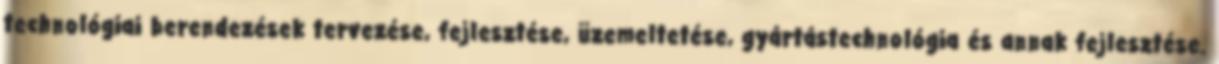
technológiai berendezések tervezése, fejlesztése, üzemeltetése, gyártástechnológia és annak fejlesztése.